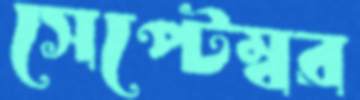
সেপ্টেম্বর